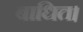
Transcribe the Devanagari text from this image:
बाधित।